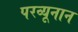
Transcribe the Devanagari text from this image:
परव्यूनान